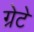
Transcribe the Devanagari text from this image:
ग्रेटे